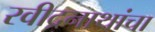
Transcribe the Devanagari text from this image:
रवीद्रनाथांचा